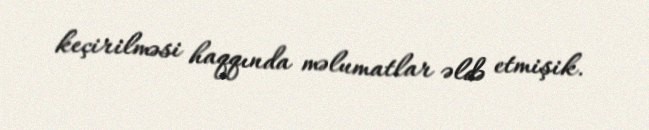
keçirilməsi haqqında məlumatlar əldə etmişik.